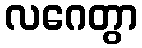
လဂေတွာ